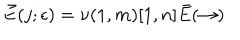
LaTeX: \bar { E } ( j ; \epsilon ) = \nu ( 1 , m ) [ 1 , n ] \bar { E } ( \rightarrow )